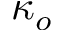
\kappa _ { o }